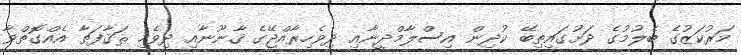
މަރުކަޒުގެ ބެލުމުގެ ދަށުގައިތިބޭ ކުދިން އިސްލާމްދީނާއި ދިވެހިރާއްޖޭގެ ޤާނޫނާއި ދިވެހި ޘަޤާފަތާ އެއްގޮތްވާ